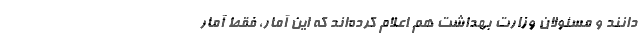
‌دانند و مسئولان وزارت بهداشت هم اعلام کرده‌اند که این آمار، فقط آمار